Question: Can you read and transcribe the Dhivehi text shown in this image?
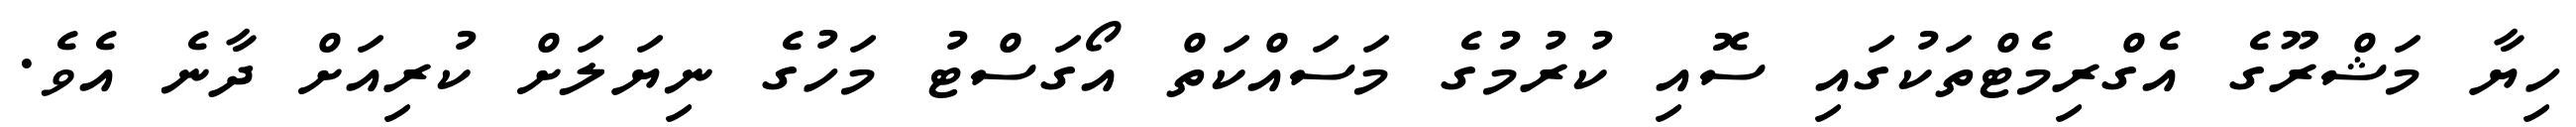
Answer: ހިޔާ މަޝްރޫގެ އެގްރިމެޓްތަކުގައި ސޮއި ކުރުމުގެ މަސައްކަތް އޯގަސްޓު މަހުގެ ނިޔަލަށް ކުރިއަށް ދާނެ އެވެ.